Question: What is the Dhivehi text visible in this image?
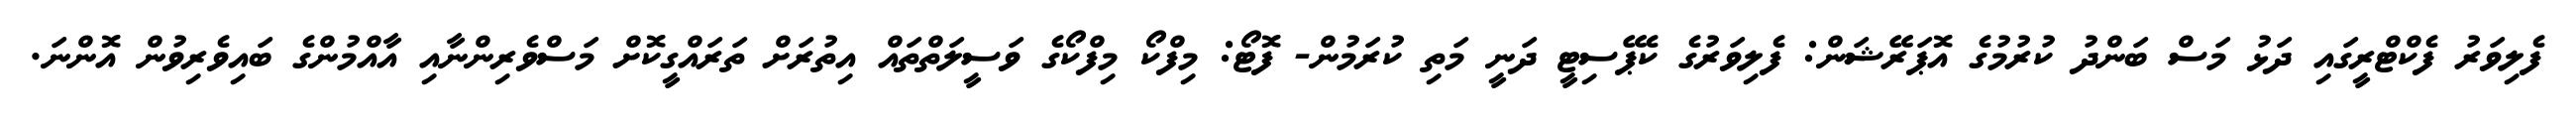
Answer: ފެލިވަރު ފެކްޓްރީގައި ދަޅު މަސް ބަންދު ކުރުމުގެ އޮޕަރޭޝަން: ފެލިވަރުގެ ކެޕޭސިޓީ ދަނީ މަތި ކުރަމުން- ފޮޓޯ: މިފްކޯ މިފްކޯގެ ވަސީލަތްތައް އިތުރަށް ތަރައްގީކޮށް މަސްވެރިންނާއި އާއްމުންގެ ބައިވެރިވުން އޮންނަ.